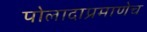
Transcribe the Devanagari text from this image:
पोलादाप्रमाणेच